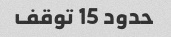
حدود 15 توقف